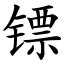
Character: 镖